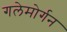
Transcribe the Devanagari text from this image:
गलेमोर्गन